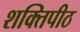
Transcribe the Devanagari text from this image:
शक्‍तिपीठ